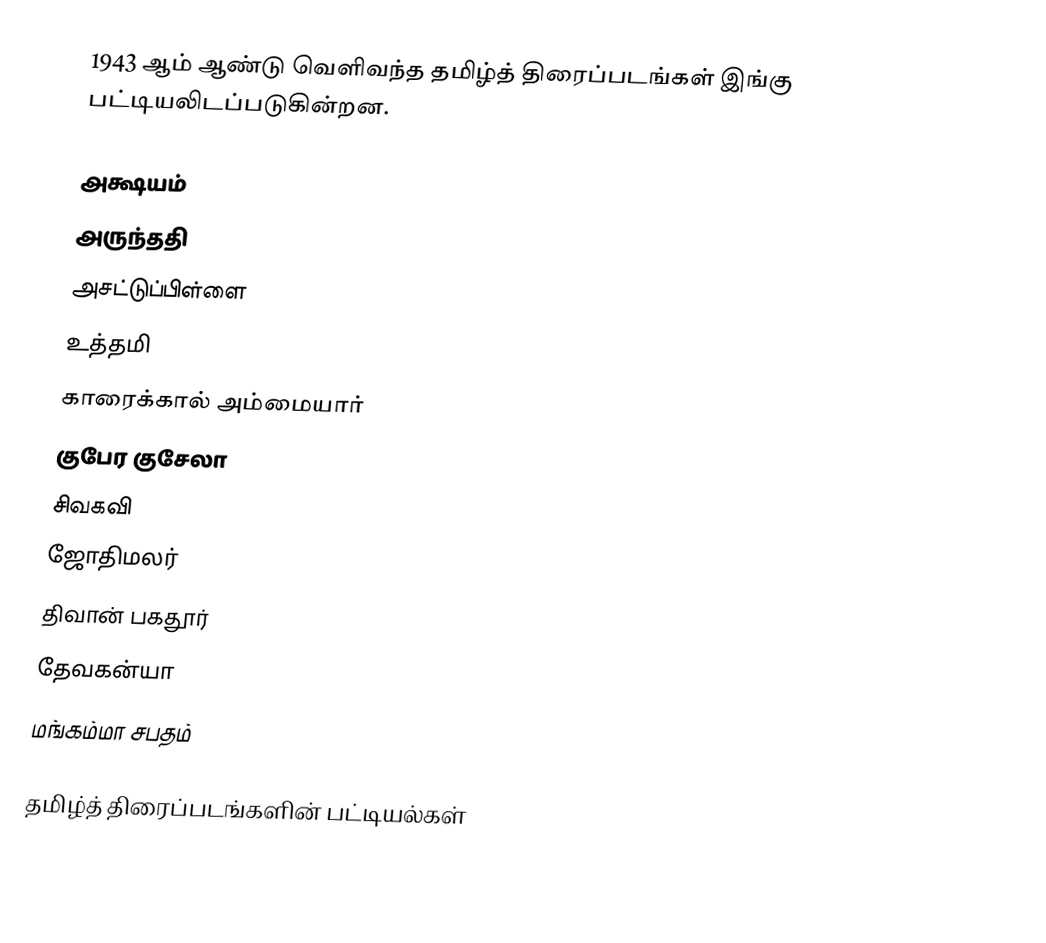
1943 ஆம் ஆண்டு வெளிவந்த தமிழ்த் திரைப்படங்கள் இங்கு பட்டியலிடப்படுகின்றன.

  அக்ஷயம்
  அருந்ததி
  அசட்டுப்பிள்ளை
  உத்தமி
  காரைக்கால் அம்மையார்
 குபேர குசேலா
 சிவகவி
  ஜோதிமலர்
  திவான் பகதூர்
  தேவகன்யா
  மங்கம்மா சபதம்

தமிழ்த் திரைப்படங்களின் பட்டியல்கள்